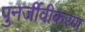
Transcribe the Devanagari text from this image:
पुनर्जीवीकरण